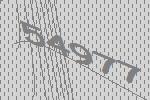
54977